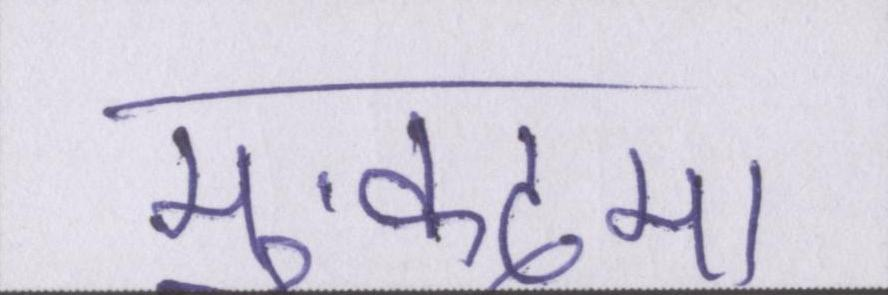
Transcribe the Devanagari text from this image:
मुक़दमा